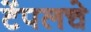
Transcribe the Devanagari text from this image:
टेंपलचे